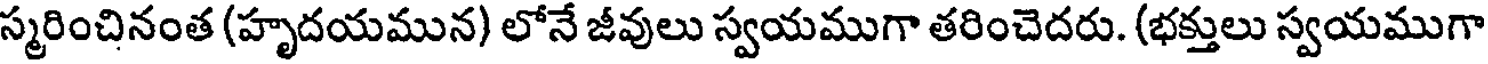
స్మరించినంత (హృదయమున) లోనే జీవులు స్వయముగా తరించెదరు. (భక్తులు స్వయముగా